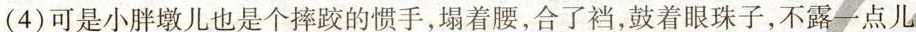
(4)可是小胖墩儿也是个摔跤的惯手，塌着腰，合了裆，鼓着眼珠子，不露一点儿